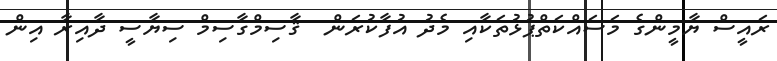
ރައީސް ޔާމީންގެ މަސައްކަތްޕުޅުތަކާއި މެދު އުފާކުރަން  ޤާސިމްގާސިމް ސިޔާސީ ދާއިރާ އިން